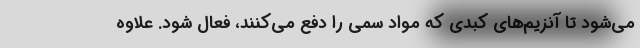
می‌شود تا آنزیم‌های کبدی که مواد سمی را دفع می‌کنند، فعال شود. علاوه